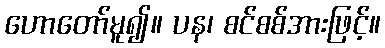
ဟောတော်မူ၍။ ပန၊ စင်စစ်အားဖြင့်။